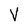
Character: V